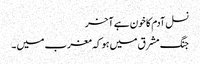
نسل آدم کا خون ہے آخر
جنگ مشرق میں ہو کہ مغرب میں ۔